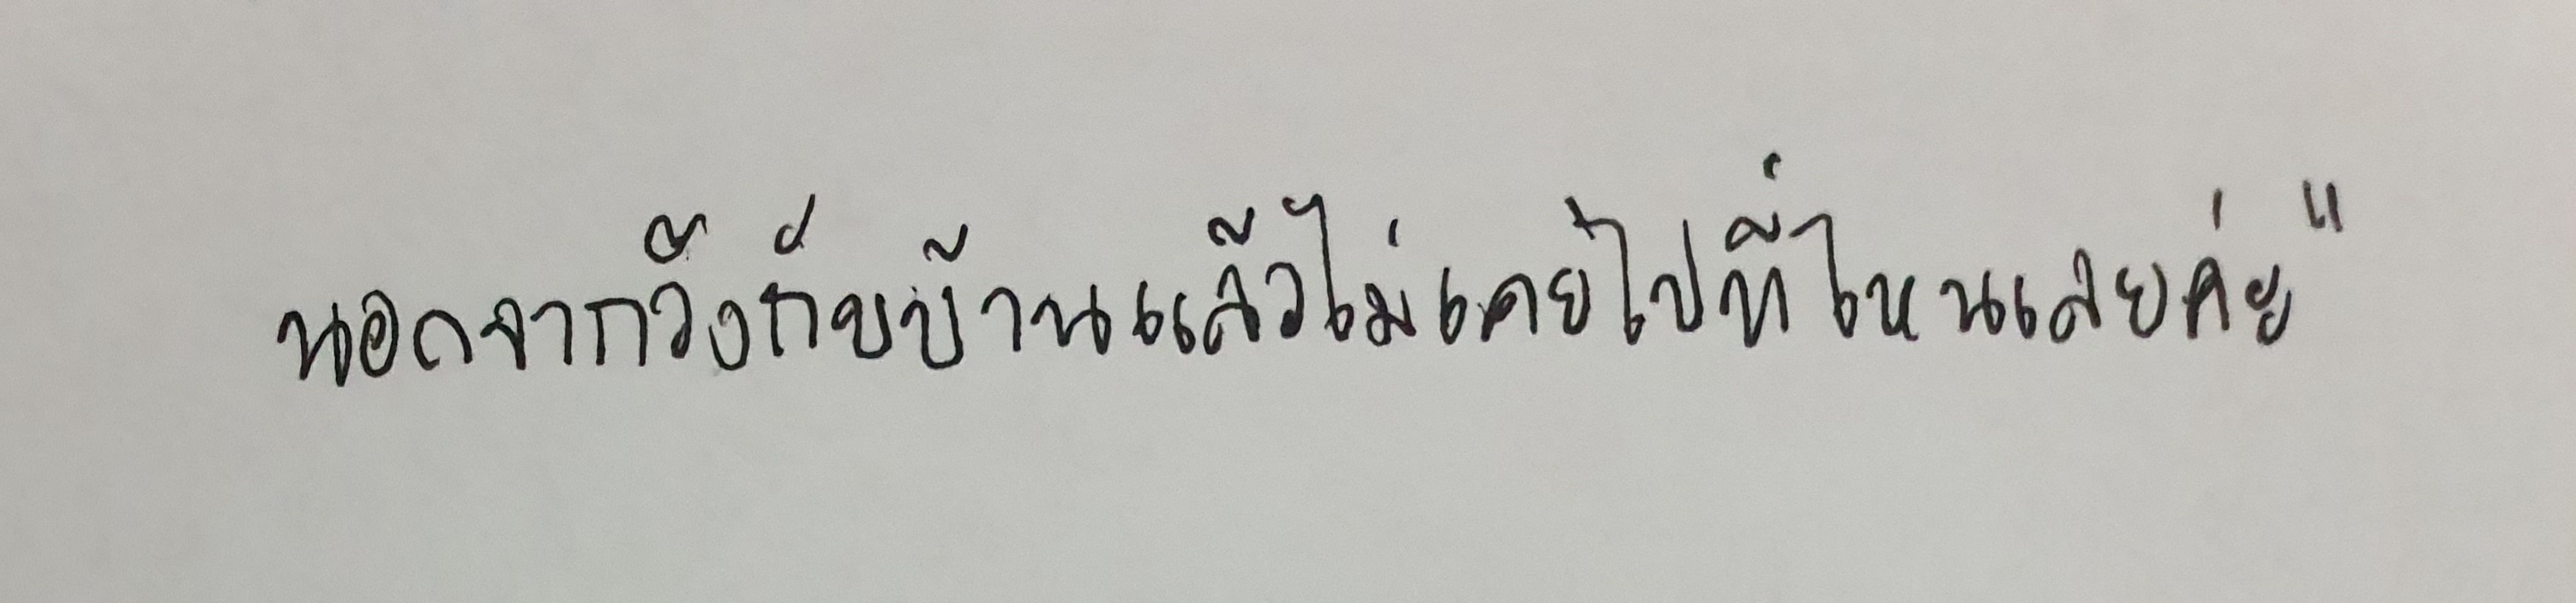
นอกจากวังกับบ้านแล้วไม่เคยไปที่ไหนเลยค่ะ"